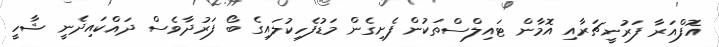
އޮފްއަރާ ފަރުނީޗަރާއި އޮމާން ޓައިލްސްތަކުން ފެށިގެން މަޑުފެހިކުލައިގެ ބޯ ފަރުދާވެސް ދައްކައިދެނީ ޝާހީ